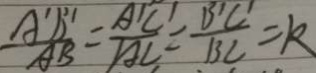
\frac { A ^ { \prime } D ^ { \prime } } { A B } = \frac { A ^ { \prime } C ^ { \prime } } { A C } = \frac { B ^ { \prime } C ^ { \prime } } { B C } = k